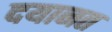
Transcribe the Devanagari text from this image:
दयानत